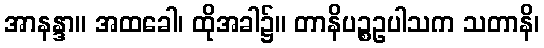
အာနန္ဒာ။ အထခေါ၊ ထိုအခါ၌။ တာနိပဉ္စဥပါသက သတာနိ၊